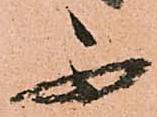
不